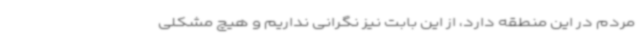
مردم در این منطقه دارد، از این بابت نیز نگرانی نداریم و هیچ مشکلی